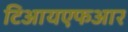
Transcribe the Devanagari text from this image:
टिआयएफआर